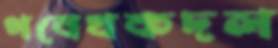
গবেষকদল